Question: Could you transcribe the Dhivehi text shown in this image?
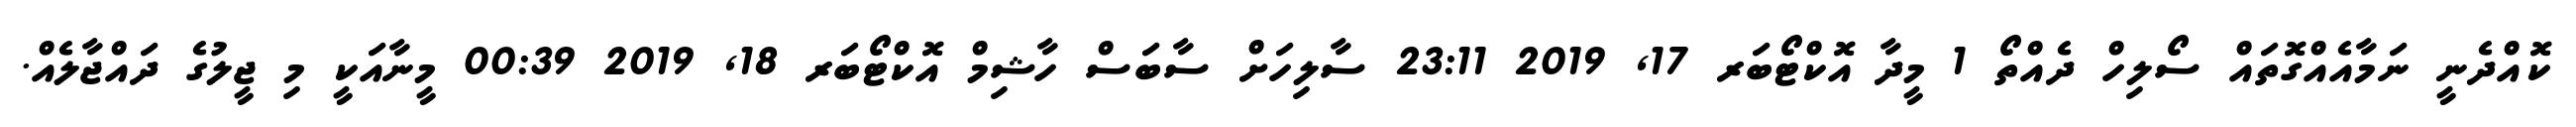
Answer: ކޮއްދެނީ ނަމާއެއްގޮތައް ސޯލިހް ދެއްތޯ 1 މީދާ އޮކްޓޯބަރ 17, 2019 23:11 ސާލިހަށް ސާބަސް ހާޝިމް އޮކްޓޯބަރ 18, 2019 00:39 މީނާއަކީ މި ޖީލުގެ ދައްޖާލެއް.